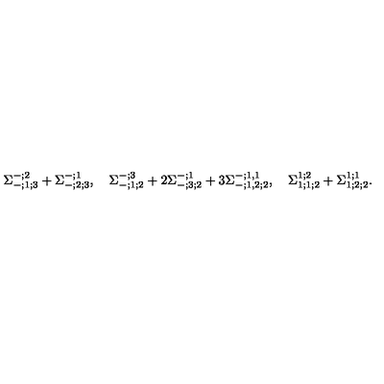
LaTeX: \Sigma _ { - ; 1 ; 3 } ^ { - ; 2 } + \Sigma _ { - ; 2 ; 3 } ^ { - ; 1 } , \quad \Sigma _ { - ; 1 ; 2 } ^ { - ; 3 } + 2 \Sigma _ { - ; 3 ; 2 } ^ { - ; 1 } + 3 \Sigma _ { - ; 1 , 2 ; 2 } ^ { - ; 1 , 1 } , \quad \Sigma _ { 1 ; 1 ; 2 } ^ { 1 ; 2 } + \Sigma _ { 1 ; 2 ; 2 } ^ { 1 ; 1 } .